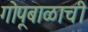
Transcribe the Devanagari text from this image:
गोपूबाळाची